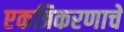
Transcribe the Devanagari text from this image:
एकत्रिकरणाचे